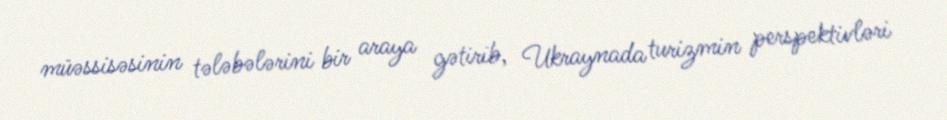
müəssisəsinin tələbələrini bir araya gətirib, Ukraynada turizmin perspektivləri